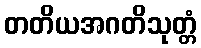
တတိယအဂတိသုတ္တံ